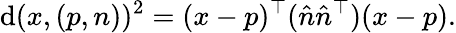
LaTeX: \mathrm{d}(x,(p,n))^{2}=(x-p)^{\top}({\hat{{n}}}{\hat{{n}}}^{\top})(x-p).